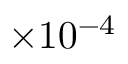
\times 1 0 ^ { - 4 }